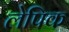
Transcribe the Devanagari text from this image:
लेपिक